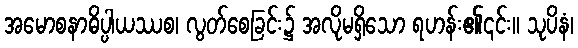
အမောစနာဓိပ္ပါယဿစ၊ လွတ်စေခြင်း၌ အလိုမရှိသော ရဟန်း၏၎င်း။ သုပိနံ၊